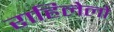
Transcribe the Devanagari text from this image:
राहिलेलो